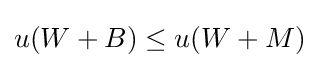
u(W+B)\leq u(W+M)